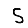
Digit: 5